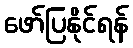
ဖော်ပြနိုင်ရန်